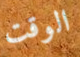
الوقت